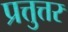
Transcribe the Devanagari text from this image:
प्रत्तुत्तर